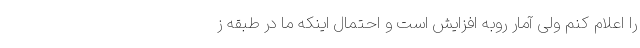
را اعلام کنم ولی آمار روبه افزایش است و احتمال اینکه ما در طبقه ز